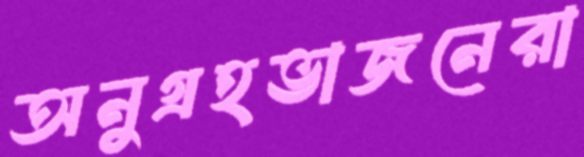
অনুগ্রহভাজনেরা